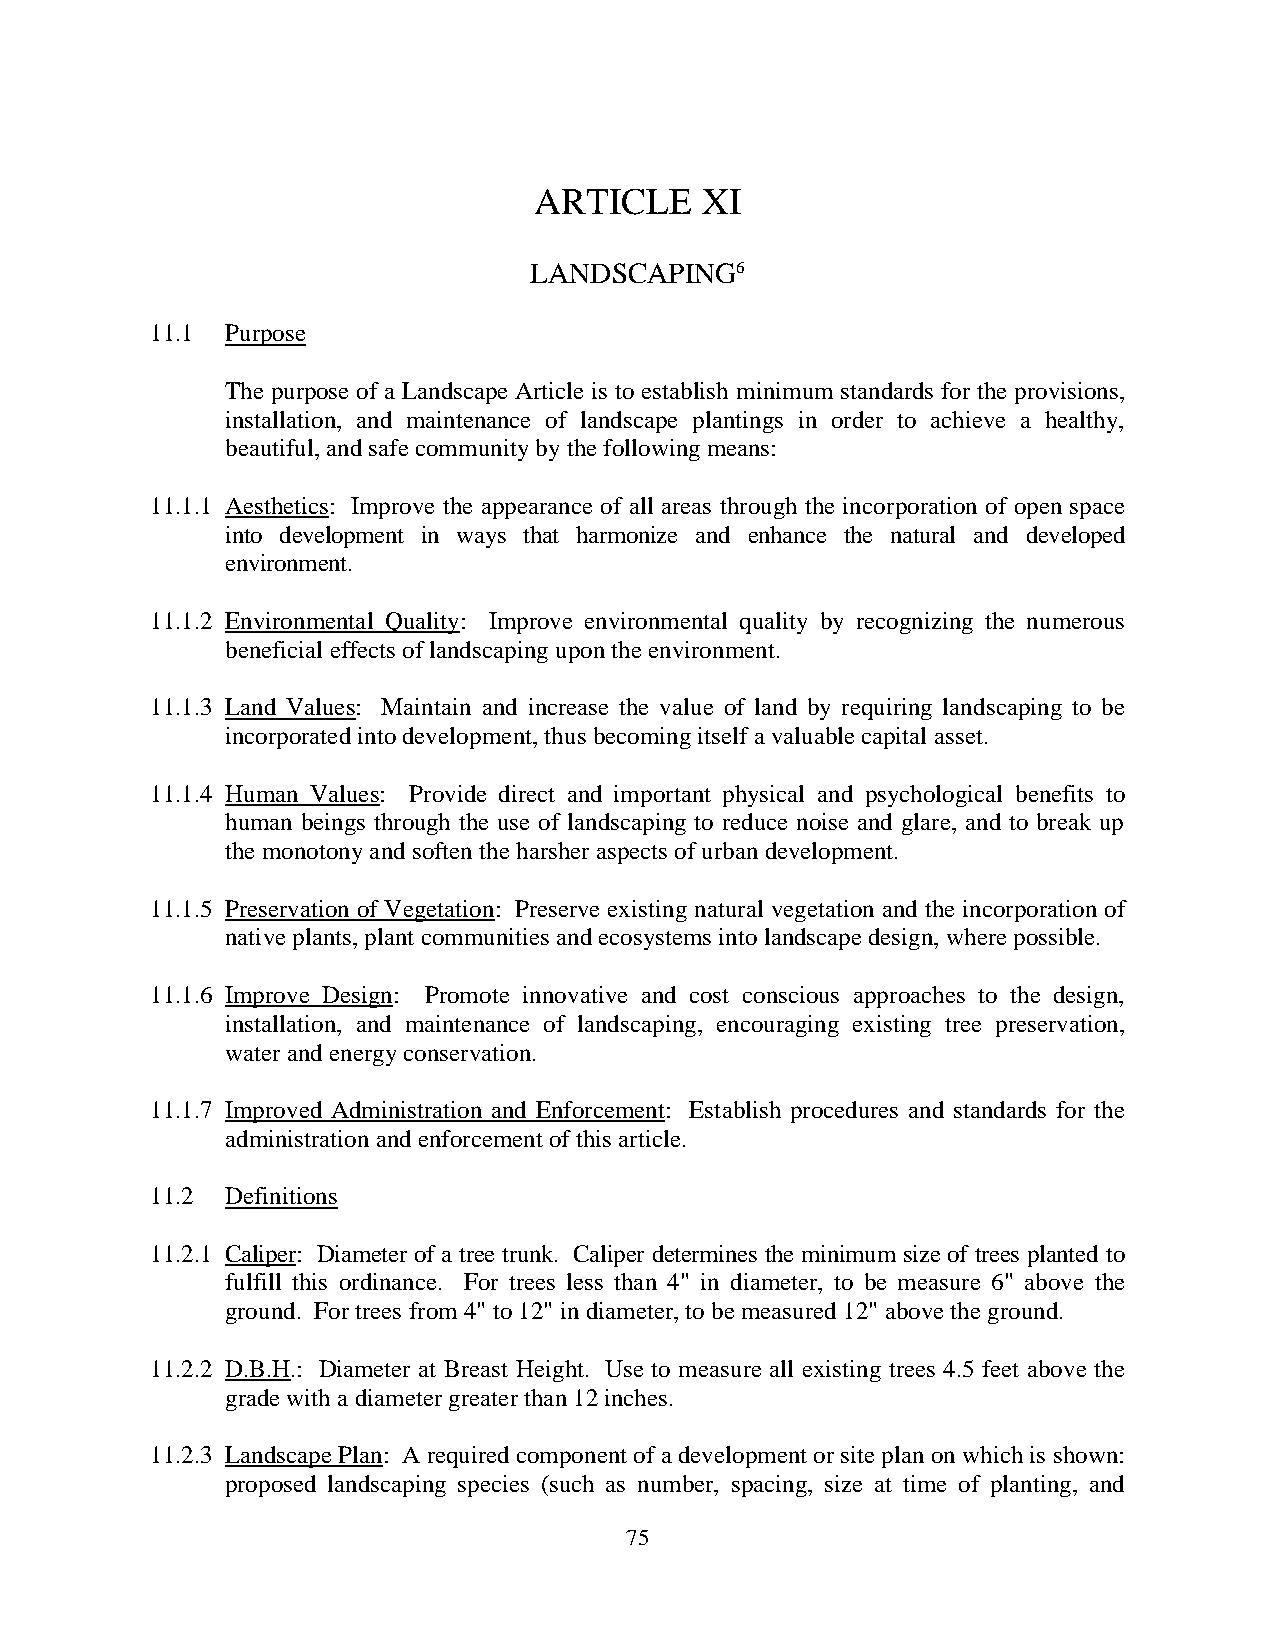
ARTICLE    XI
 LANDSCAPING6
 11.1 Purpose
 The purpose of a Landscape Article is to establish minimum standards for the provisions,
 installation, and maintenance of landscape plantings in order to achieve a healthy,
 beautiful, and safe community by the following means:
 11.1.1 Aesthetics: Improve the appearance of all areas through the incorporation of open space
 into development in ways that harmonize and enhance the natural and developed
 environment.
 11.1.2 Environmental Quality: Improve environmental quality by recognizing the numerous
 beneficial effects of landscaping upon the environment.
 11.1.3 Land Values: Maintain and increase the value of land by requiring landscaping to be
 incorporated into development, thus becoming itself a valuable capital asset.
 11.1.4 Human Values: Provide direct and important physical and psychological benefits to
 human beings through the use of landscaping to reduce noise and glare, and to break up
 the monotony and soften the harsher aspects of urban development.
 11.1.5 Preservation of Vegetation: Preserve existing natural vegetation and the incorporation of
 native plants, plant communities and ecosystems into landscape design, where possible.
 11.1.6 Improve Design: Promote innovative and cost conscious approaches to the design,
 installation, and maintenance of landscaping, encouraging existing tree preservation,
 water and energy conservation.
 11.1.7 Improved Administration and Enforcement: Establish procedures and standards for the
 administration and enforcement of this article.
 11.2 Definitions
 11.2.1 Caliper: Diameter of a tree trunk. Caliper determines the minimum size of trees planted to
 fulfill this ordinance. For trees less than 4" in diameter, to be measure 6" above the
 ground. For trees from 4" to 12" in diameter, to be measured 12" above the ground.
 11.2.2 D.B.H.: Diameter at Breast Height. Use to measure all existing trees 4.5 feet above the
 grade with a diameter greater than 12 inches.
 11.2.3 Landscape Plan: A required component of a development or site plan on which is shown:
 proposed landscaping species (such as number, spacing, size at time of planting, and
 7 5